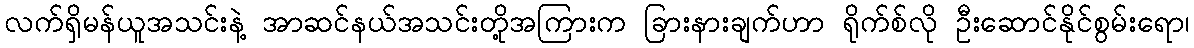
လက်ရှိမန်ယူအသင်းနဲ့ အာဆင်နယ်အသင်းတို့အကြားက ခြားနားချက်ဟာ ရိုက်စ်လို ဦးဆောင်နိုင်စွမ်းရော၊